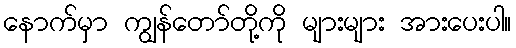
နောက်မှာ ကျွန်တော်တို့ကို များများ အားပေးပါ။